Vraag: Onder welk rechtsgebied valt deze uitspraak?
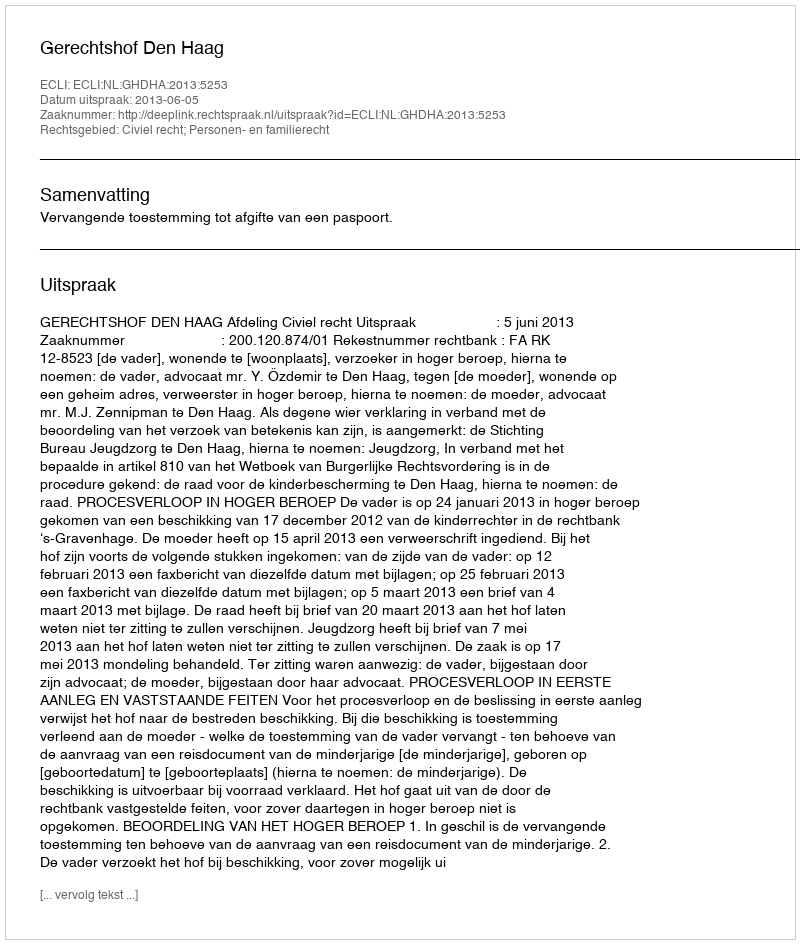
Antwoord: Civiel recht; Personen- en familierecht